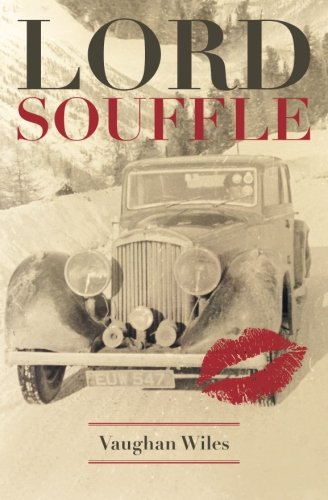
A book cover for Lord Souffle (Leatherby) (Volume 1); Vaughan Wiles; Literature & Fiction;